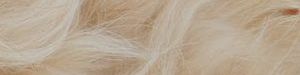
موقف فرعي